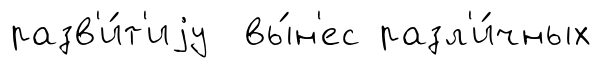
разв'и́т'иjу вы́н'ес разл'и́чных